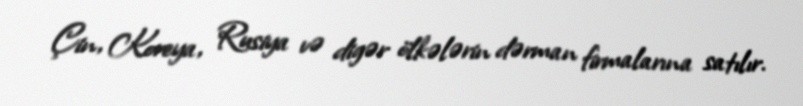
Çin, Koreya, Rusiya və digər ölkələrin dərman firmalarına satılır.